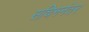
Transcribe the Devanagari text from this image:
सचिननंतर